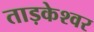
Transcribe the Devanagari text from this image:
ताड़केश्वर